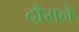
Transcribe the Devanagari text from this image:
दौराने